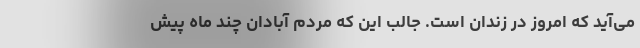
می‌آید که امروز در زندان است. جالب این که مردم آبادان چند ماه پیش